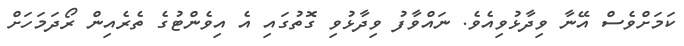
ކަމަށްވެސް އޭނާ ވިދާޅުވިއެވެ. ނައްވާފު ވިދާޅުވި ގޮތުގައި އެ އިވެންޓުގެ ތެރެއިން ރޯދަމަހަށް